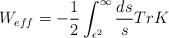
LaTeX: \begin{align*}W_{eff}=-{1\over 2}\int^\infty_{\epsilon^2}{ds\over s} Tr K\end{align*}